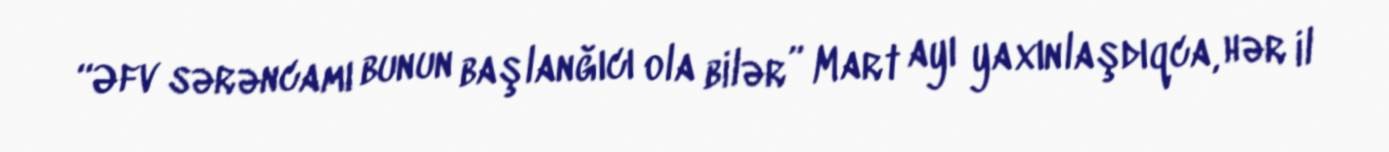
“Əfv sərəncamı bunun başlanğıcı ola bilər” Mart ayı yaxınlaşdıqca, hər il